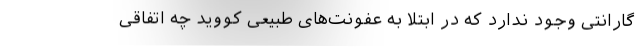
گارانتی وجود ندارد که در ابتلا به عفونت‌های طبیعی کووید چه اتفاقی